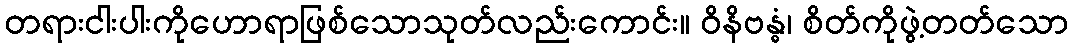
တရားငါးပါးကိုဟောရာဖြစ်သောသုတ်လည်းကောင်း။ ဝိနိဗန္ဓံ၊ စိတ်ကိုဖွဲ့တတ်သော